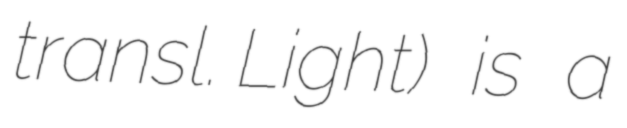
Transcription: transl. Light) is a